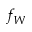
f _ { W }